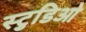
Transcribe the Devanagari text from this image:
स्टुडिओ